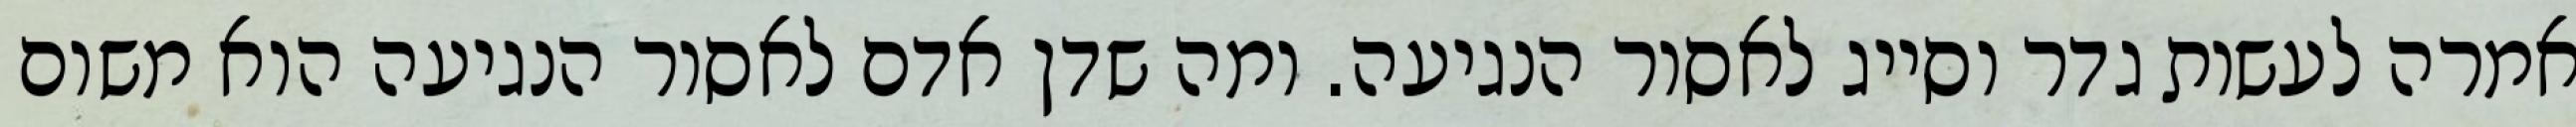
אמרה לעשות גדר וסייג לאסור הנגיעה. ומה שדן אדם לאסור הנגיעה הוא משום